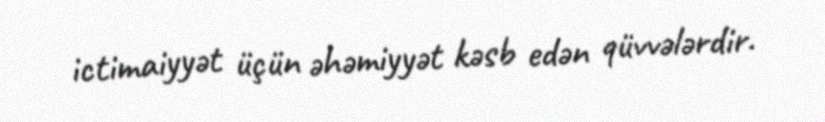
ictimaiyyət üçün əhəmiyyət kəsb edən qüvvələrdir.